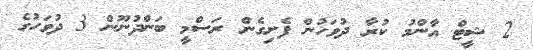
2 ޝީޓް އާންމު ކުރާ ދުވަހުން ފެށިގެން ރަސްމީ ބަންދުނޫން 3 ދުވަހުގެ